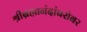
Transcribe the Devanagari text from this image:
श्रीब्रह्मानंदांबरोबर